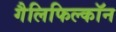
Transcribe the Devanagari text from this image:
गैलिफिल्कॉन